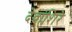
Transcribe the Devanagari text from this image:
देवांशिरे